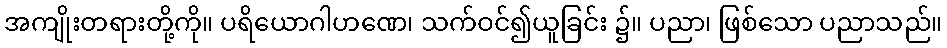
အကျိုးတရားတို့ကို။ ပရိယောဂါဟဏေ၊ သက်ဝင်၍ယူခြင်း ၌။ ပညာ၊ ဖြစ်သော ပညာသည်။